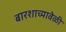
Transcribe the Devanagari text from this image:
बारशाच्यावेळी